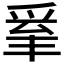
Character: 𤔒